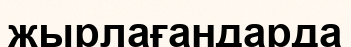
жырлағандарда